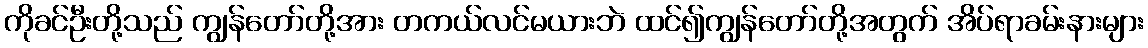
ကိုခင်ဦးတို့သည် ကျွန်တော်တို့အား တကယ်လင်မယားဘဲ ထင်၍ကျွန်တော်တို့အတွက် အိပ်ရာခမ်းနားများ